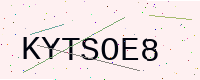
Text: KYTSOE8